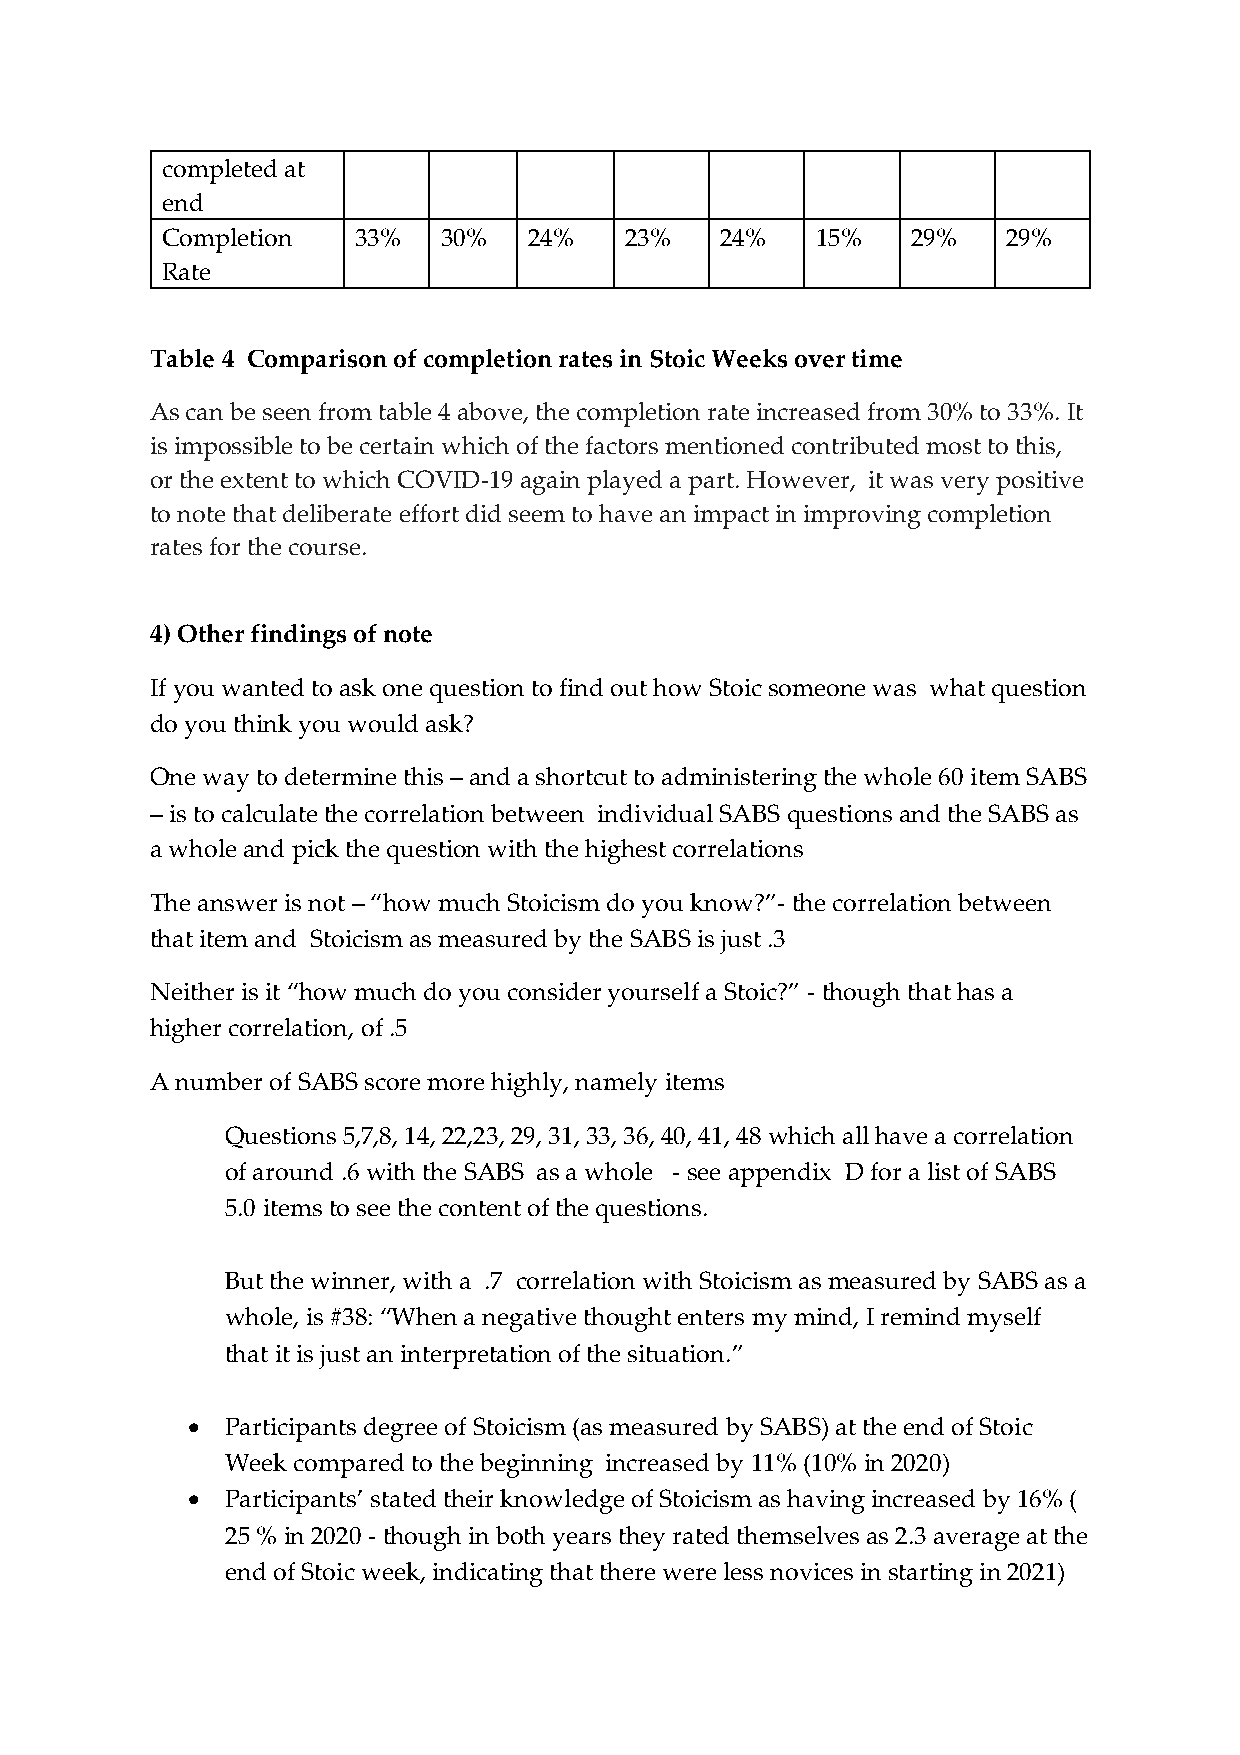
completed at
 end
 Completion   33%  30%   24%   23%    24%   15%   29%    29%
 Rate
 Table 4 Comparison of completion rates in Stoic Weeks over time
 As can be seen from table 4 above, the completion rate increased from 30% to 33%. It
 is impossible to be certain which of the factors mentioned contributed most to this,
 or the extent to which COVID-19 again played a part. However, it was very positive
 to note that deliberate effort did seem to have an impact in improving completion
 rates for the course.
 4) Other findings of note
 If you wanted to ask one question to find out how Stoic someone was what question
 do you think you would ask?
 One way to determine this – and a shortcut to administering the whole 60 item SABS
 – is to calculate the correlation between individual SABS questions and the SABS as
 a whole and pick the question with the highest correlations
 The answer is not – “how much Stoicism do you know?”- the correlation between
 that item and Stoicism as measured by the SABS is just .3
 Neither is it “how much do you consider yourself a Stoic?” - though that has a
 higher correlation, of .5
 A number of SABS score more highly, namely items
 Questions 5,7,8, 14, 22,23, 29, 31, 33, 36, 40, 41, 48 which all have a correlation
 of around .6 with the SABS as a whole - see appendix D for a list of SABS
 5.0 items to see the content of the questions.
 But the winner, with a .7 correlation with Stoicism as measured by SABS as a
 whole, is #38: “When a negative thought enters my mind, I remind myself
 that it is just an interpretation of the situation.”
 •  Participants degree of Stoicism (as measured by SABS) at the end of Stoic
 Week compared to the beginning increased by 11% (10% in 2020)
 •  Participants’ stated their knowledge of Stoicism as having increased by 16% (
 25 % in 2020 - though in both years they rated themselves as 2.3 average at the
 end of Stoic week, indicating that there were less novices in starting in 2021)